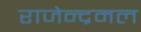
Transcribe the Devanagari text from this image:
राजेन्द्रमल